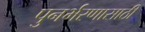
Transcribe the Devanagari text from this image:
पुनर्भरणासाठी